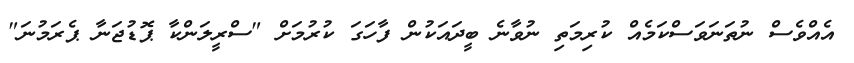
އެއްވެސް ނުތަނަވަސްކަމެއް ކުރިމަތި ނުވާނެ ބީދައަކުން ފާހަގަ ކުރުމަށް "ސްރީލަންކާ ޕޮޑުޖަނާ ޕެރަމުނަ"